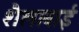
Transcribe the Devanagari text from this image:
शैलाबाई